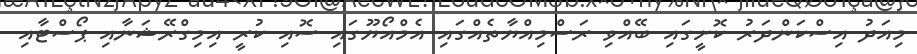
މިއަދު އިސްކަންދަރު ކޮށީގައި ބޭއްވި ރަސްމިއްޔާތެއްގައި އެމްއޯޔޫގައި ސޮއި ކުރީ އިމިގްރޭޝަނާއި ޕޯސްޓާއި